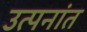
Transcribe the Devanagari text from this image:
उत्पनांत